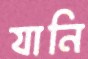
যানি